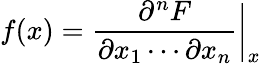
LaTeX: f(x)={\frac{\partial^{n}F}{\partial x_{1}\cdots\partial x_{n}}}{\bigg|}_{x}